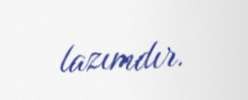
lazımdır.